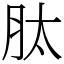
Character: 肽